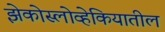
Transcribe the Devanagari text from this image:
झेकोस्लोव्हेकियातील